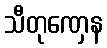
သီတုဏှေန